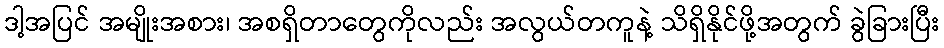
ဒါ့အပြင် အမျိုးအစား၊ အစရှိတာတွေကိုလည်း အလွယ်တကူနဲ့ သိရှိနိုင်ဖို့အတွက် ခွဲခြားပြီး